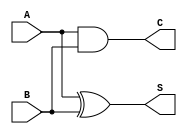
module current_mode_half_adder (
    input wire A, // First input bit (current signal)
    input wire B, // Second input bit (current signal)
    output wire S, // Sum output (current signal)
    output wire C  // Carry output (current signal)
);

// Sum output (S) using XOR operation
assign S = A ^ B; // XOR logic for Sum

// Carry output (C) using AND operation
assign C = A & B; // AND logic for Carry

endmodule